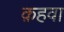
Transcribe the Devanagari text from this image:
क़हवा